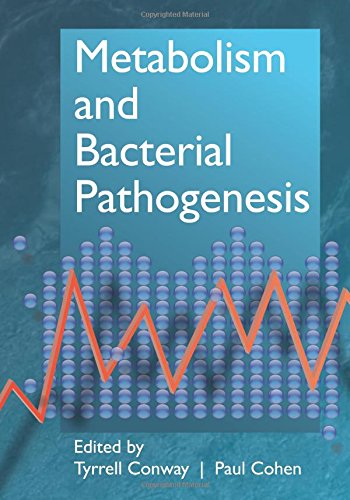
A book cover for Metabolism and Bacterial Pathogenesis; Medical Books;